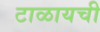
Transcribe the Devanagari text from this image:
टाळायची